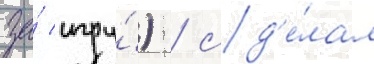
за́ игру́) / сд'е́лал